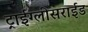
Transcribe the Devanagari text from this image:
ट्राईग्लीसराईड